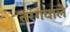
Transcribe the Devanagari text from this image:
तरंगवाले